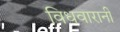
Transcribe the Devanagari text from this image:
विधवारानी